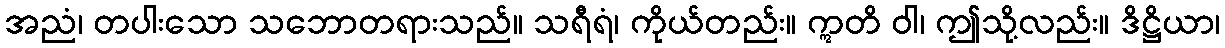
အညံ၊ တပါးသော သဘောတရားသည်။ သရီရံ၊ ကိုယ်တည်း။ ဣတိ ဝါ၊ ဤသို့လည်း။ ဒိဋ္ဌိယာ၊